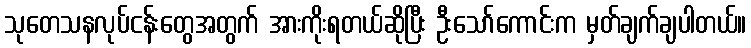
သုတေသနလုပ်ငန်းတွေအတွက် အားကိုးရတယ်ဆိုပြီး ဦးသော်ကောင်းက မှတ်ချက်ချပါတယ်။